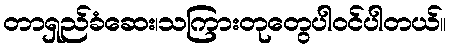
တာရှည်ခံဆေး၊သကြားတုတွေပါဝင်ပါတယ်။